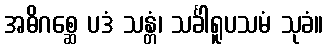
အဓိဂစ္ဆေ ပဒံ သန္တံ၊ သင်္ခါရူပသမံ သုခံ။